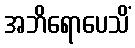
အဘိရောပေသိံ